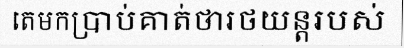
តេមកប្រាប់គាត់ថារថយន្តរបស់